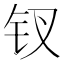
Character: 钗